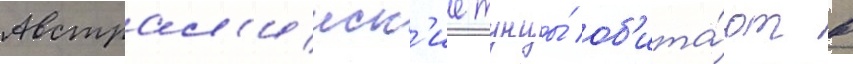
Австрал'ииск'ие тунцы́ об'ита́ют в